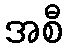
အစီ